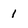
Character: l